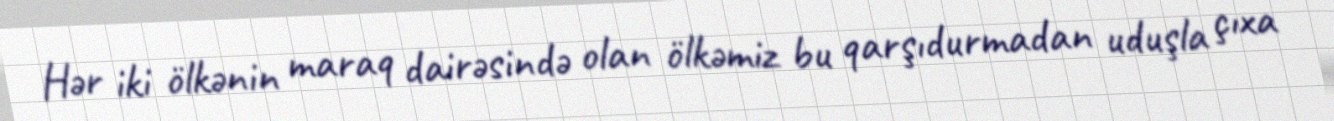
Hər iki ölkənin maraq dairəsində olan ölkəmiz bu qarşıdurmadan uduşla çıxa